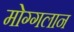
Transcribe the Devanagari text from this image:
मोग्गलान